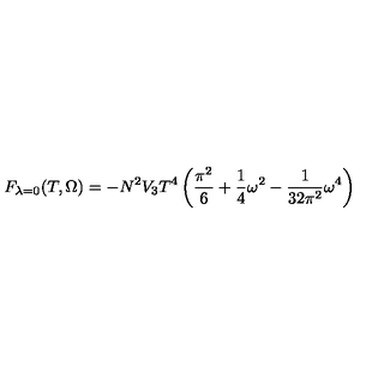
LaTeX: F _ { \lambda = 0 } ( T , \Omega ) = - N ^ { 2 } V _ { 3 } T ^ { 4 } \left( \frac { \pi ^ { 2 } } { 6 } + \frac { 1 } { 4 } \omega ^ { 2 } - \frac { 1 } { 3 2 \pi ^ { 2 } } \omega ^ { 4 } \right)